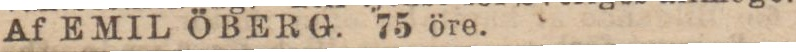
Af EMIL ÖBERG. 75 öre.